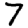
Digit: 7